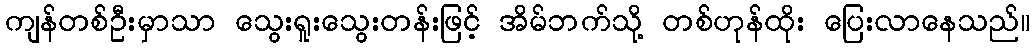
ကျန်တစ်ဦးမှာသာ သွေးရူးသွေးတန်းဖြင့် အိမ်ဘက်သို့ တစ်ဟုန်ထိုး ပြေးလာနေသည်။